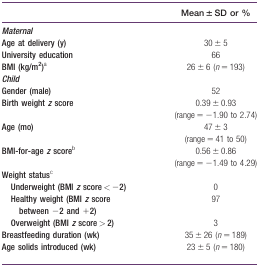
<table><thead><tr><td></td><td><b>Mean ± SD or %</b></td></tr></thead><tbody><tr><td><b><i>Maternal</i></b></td><td></td></tr><tr><td><b>Age at delivery (y)</b></td><td>30 ± 5</td></tr><tr><td><b>University education</b></td><td>66</td></tr><tr><td><b>BMI (kg/m<sup>2</sup>)</b>a</td><td>26 ± 6 (<i>n</i> = 193)</td></tr><tr><td><b><i>Child</i></b></td><td></td></tr><tr><td><b>Gender (male)</b></td><td>52</td></tr><tr><td><b>Birth weight <i>z</i> score</b></td><td>0.39 ± 0.93 (range = −1.90 to 2.74)</td></tr><tr><td><b>Age (mo)</b></td><td>47 ± 3 (range = 41 to 50)</td></tr><tr><td><b>BMI‐for‐age <i>z</i> score</b>b</td><td>0.56 ± 0.86 (range = −1.49 to 4.29)</td></tr><tr><td><b>Weight status</b>c</td><td></td></tr><tr><td><b>Underweight (BMI <i>z</i> score &lt; −2)</b></td><td>0</td></tr><tr><td><b>Healthy weight (BMI <i>z</i> score between −2 and +2)</b></td><td>97</td></tr><tr><td><b>Overweight (BMI <i>z</i> score &gt; 2)</b></td><td>3</td></tr><tr><td><b>Breastfeeding duration (wk)</b></td><td>35 ± 26 (<i>n</i> = 189)</td></tr><tr><td><b>Age solids introduced (wk)</b></td><td>23 ± 5 (<i>n</i> = 180)</td></tr></tbody></table>